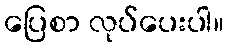
ပြေစာ လုပ်ပေးပါ။